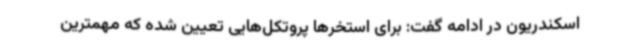
اسکندریون در ادامه گفت: برای استخرها پروتکل‌هایی تعیین شده که مهمترین